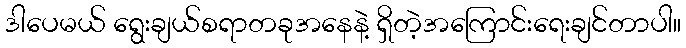
ဒါပေမယ် ရွေးချယ်စရာတခုအနေနဲ့ ရှိတဲ့အကြောင်းရေးချင်တာပါ။